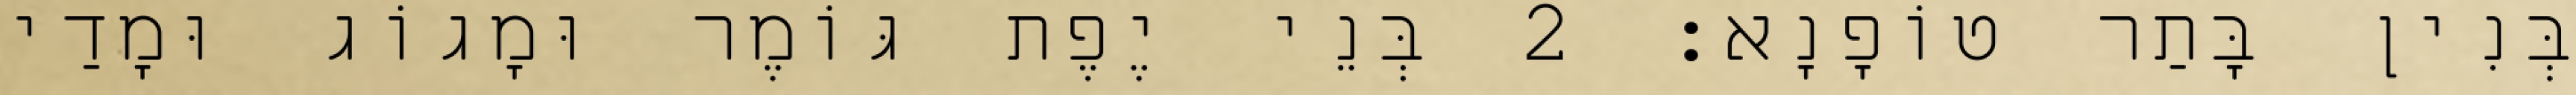
בְּנִין בָּתַר טוֹפָנָא׃ 2 בְּנֵי יֶפֶת גּוֹמֶר וּמָגוֹג וּמָדַי